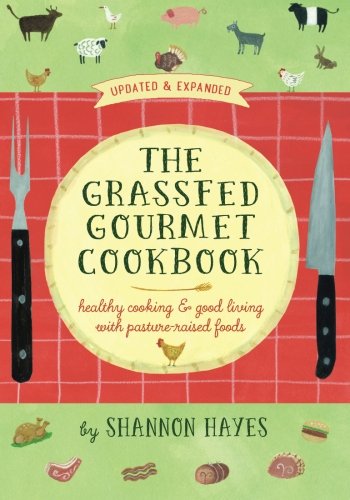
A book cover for The Grassfed Gourmet Cookbook: Healthy Cooking and Good Living with Pasture-Raised Foods; Shannon Hayes; Cookbooks, Food & Wine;